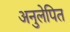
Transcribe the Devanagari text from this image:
अनुलेपित